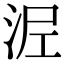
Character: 𭰖